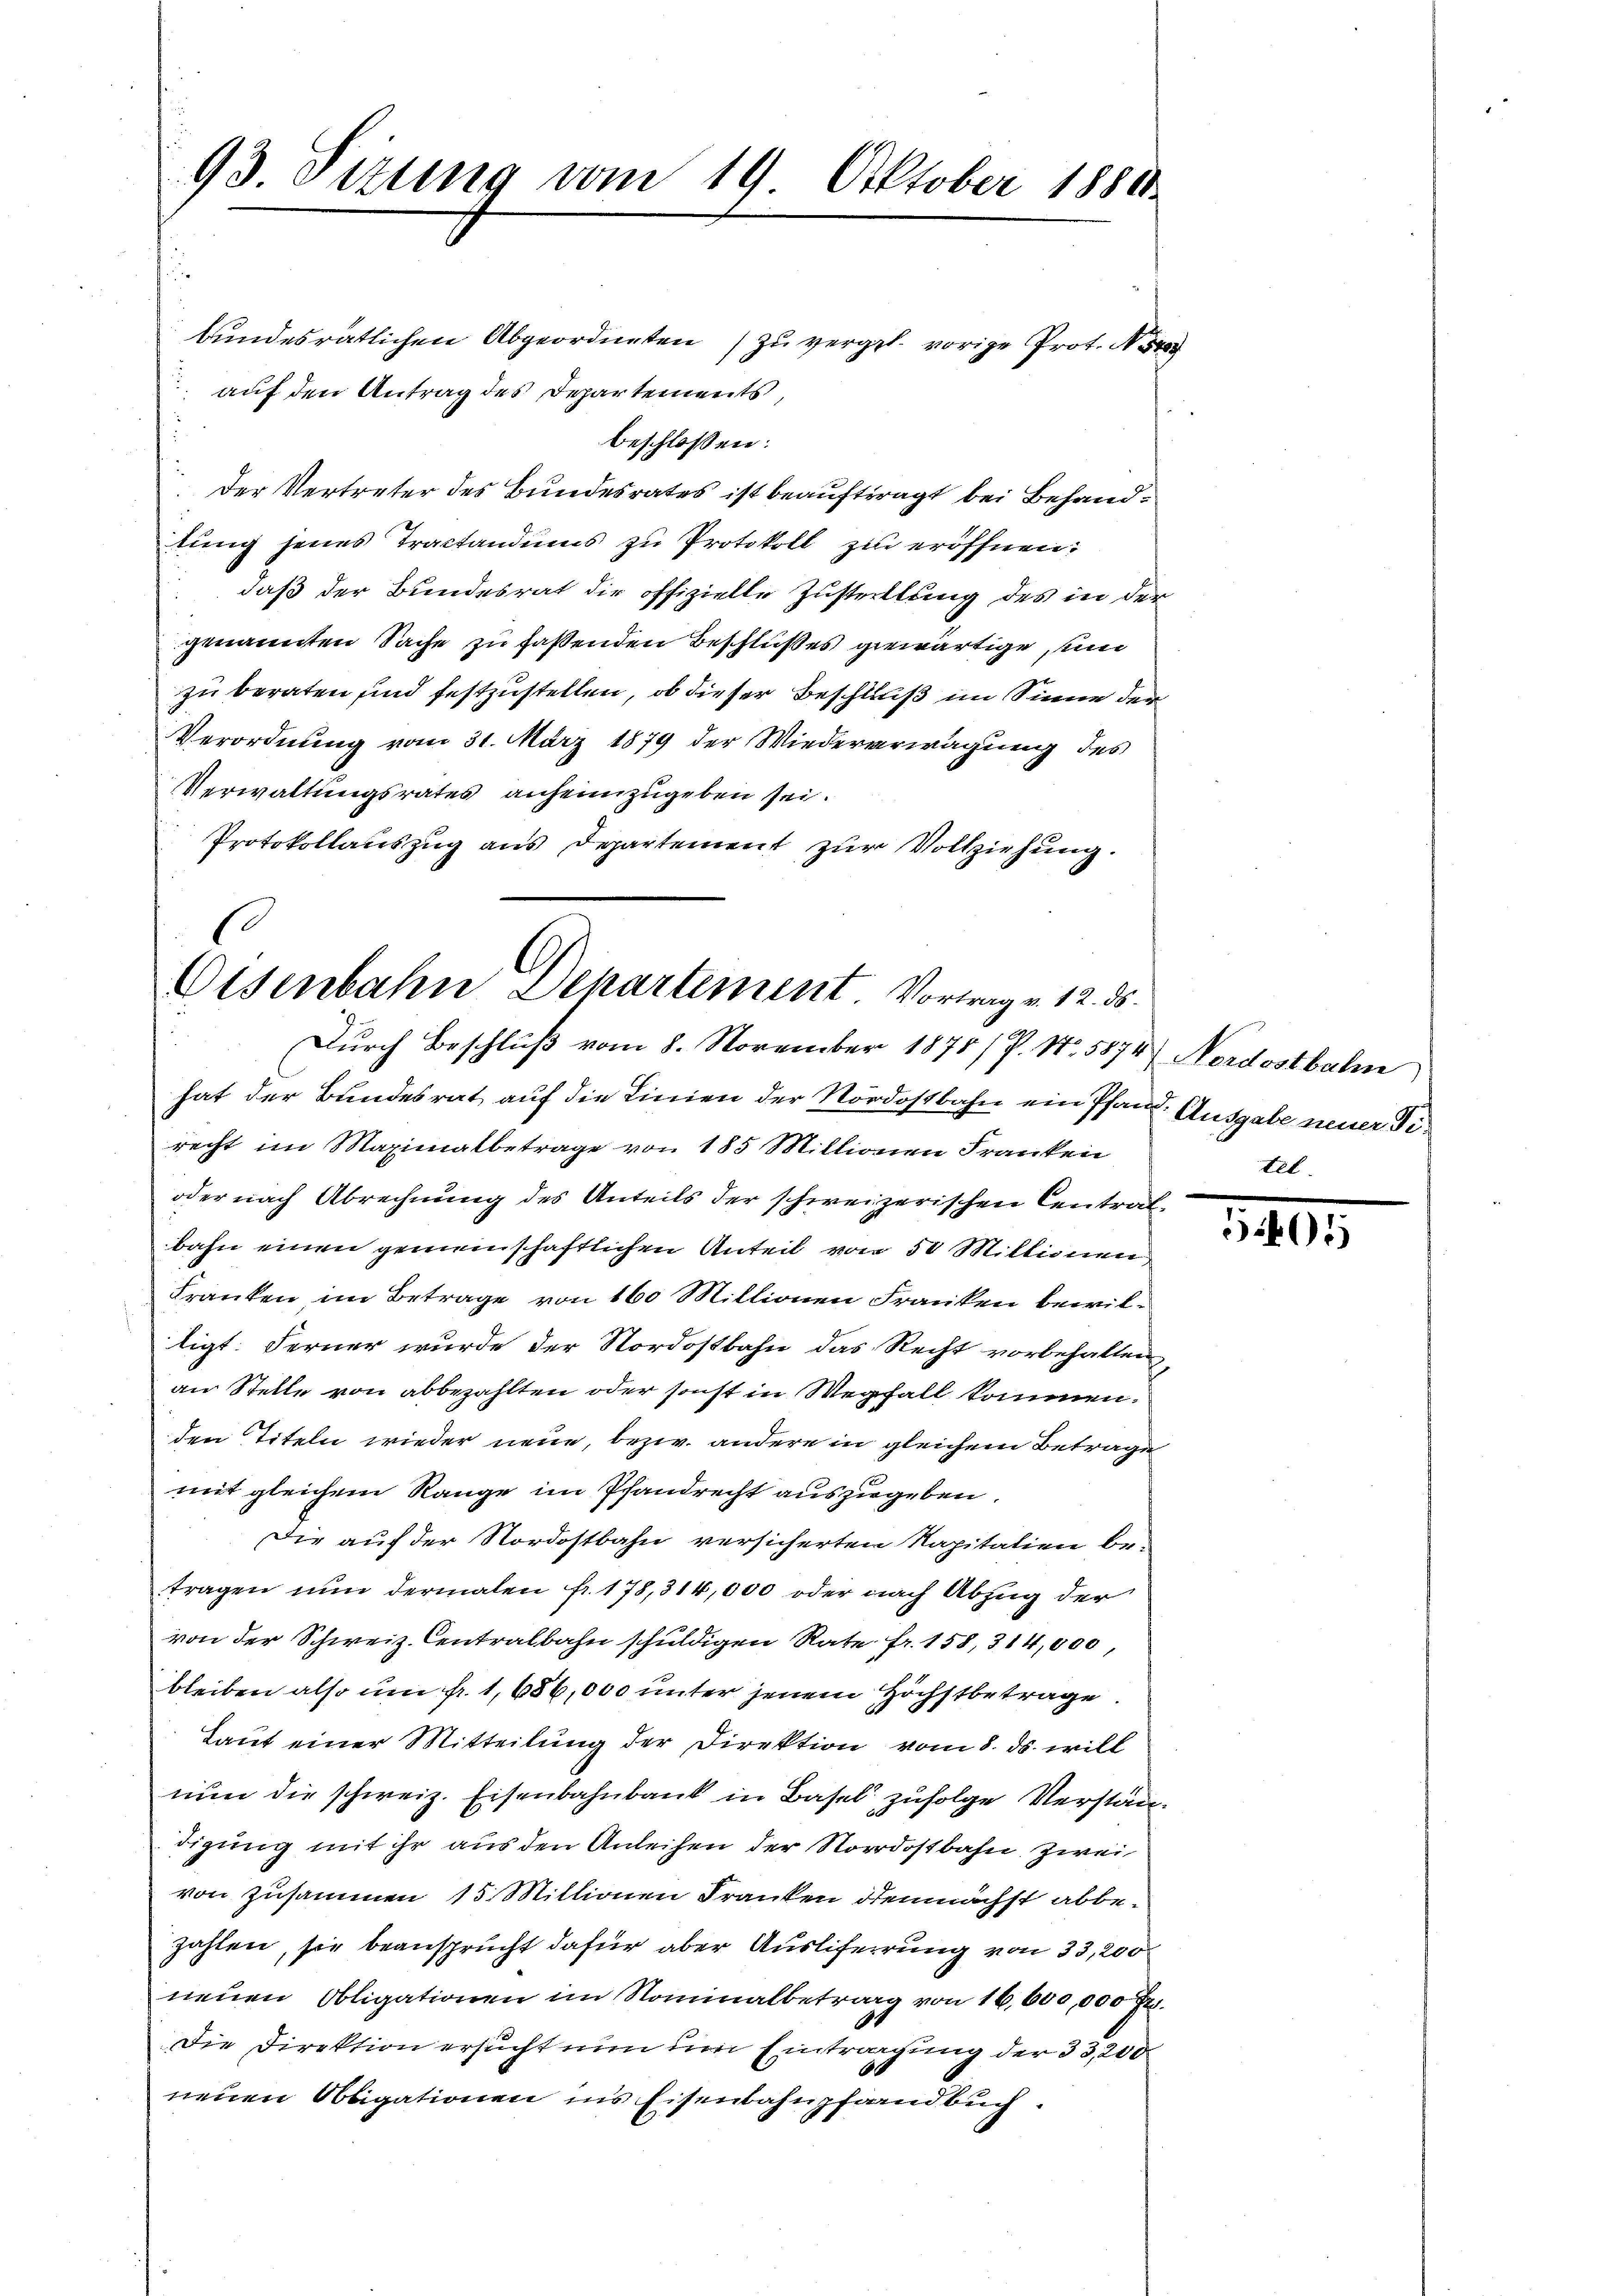
bundesrätlichen Abgeordneten zu vergeb. vorige Prot. Nor
 auf den Antrag des Departements,
beschlossen:
der Vertreter des Bundesrates ist beauftragt bei Behandtung jenes Tractandums zu Protokoll zu eröffnen;
daß der Bundesrat die offizielle Zustellung des in der
genannten Sache zu faßenden Beschlußes gewärtige, ein
zu beraten und festzustellen, ob dieser Beschluß im Sinne der
Verordnung vom 31. März 1879 der Wiedererwägung des
Verwaltungsrates anheimzugeben sei.
Protokollauszug aus Departement zur Vollziehung.

93. Sizung vom 19. Oktober 1880.

Eisenbahn Departement Vortrag v. 12. ds.
Durch Beschluß vom 8. November 1875 /P. Nr. 5874. Nordostbahn

hat der Bundesrat auf die Linien der Nordostbahn ein Pfand. Ausgabe neuer Firecht im Maximatbetrage von 185 Millionen Franken
oder nach Abrechnung des Anteils der schweizerischen Centralbahn einen gemeinschaftlichen Anteil von 50 Millionen
Franken im Betrage von 160 Millionen Franken bewilligt: Ferner wurde der Nordostbahn das Recht vorbehalten
an Stelle von abbezahlten oder sonst in Wegfall kommen.
den Titeln wieder neue, bezw. andere in gleichem Betrage
mit gleichem Range im Pfandrecht auszugeben.
Die auf der Nordostbahn versicherten Kapitalien betragen nun dermalen fr. 178,314,000 oder nach Abzug der
von der Schweiz. Centralbahn schuldigen Rate fr. 158, 314,000,
bleiben also um fr. 1686,000 unter jenem Höchstbetrage
Laut einer Mitteilung der Direktion vom 8. ds. will
nun die schweiz. Eisenbahnbank in Basel zufolge Verständigung mit ihr aus den Anleihen der Nordostbahn. Zwei
von zusammen 15. Miltionen Franken demnächst abbezahlen, sie beansprucht dafür aber Ausliferrung von 33,200
neuen Obligationen im Nominalbetrag von 16,600,000 Fr.
Die Direktion ersucht nun dem Eintragung der 33,200
neuen Obligationen in’s Eisenbahnpfandbuch.

tel.

1401.